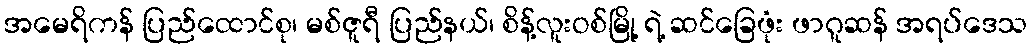
အမေရိကန် ပြည်ထောင်စု၊ မစ်ဇူရီ ပြည်နယ်၊ စိန့်လူးဝစ်မြို့ ရဲ့ ဆင်ခြေဖုံး ဖာဂူဆန် အရပ်ဒေသ